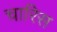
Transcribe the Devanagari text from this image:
चारिस